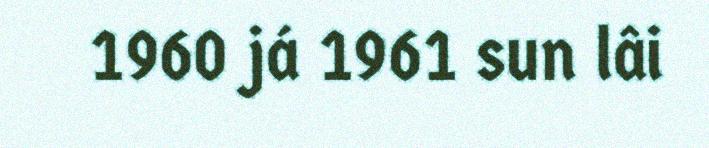
1960 já 1961 sun lâi